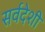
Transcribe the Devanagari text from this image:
सर्वदेशी